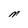
Character: M